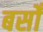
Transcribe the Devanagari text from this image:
बसोँ